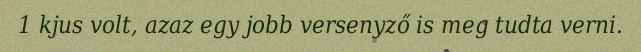
1 kjus volt, azaz egy jobb versenyző is meg tudta verni.